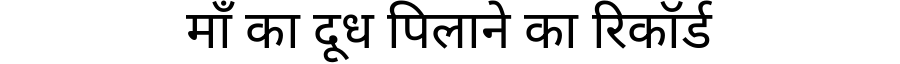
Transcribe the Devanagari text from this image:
माँ का दूध पिलाने का रिकॉर्ड